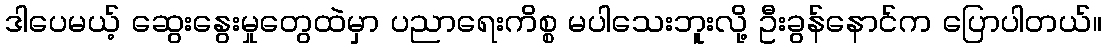
ဒါပေမယ့် ဆွေးနွေးမှုတွေထဲမှာ ပညာရေးကိစ္စ မပါသေးဘူးလို့ ဦးခွန်နောင်က ပြောပါတယ်။